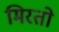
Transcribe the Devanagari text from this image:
मिरतो